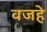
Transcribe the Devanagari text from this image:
वजहे